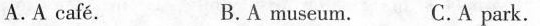
A.A cafe. B.A museum. C.A park.